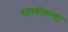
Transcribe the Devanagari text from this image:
दहावीतल्या